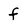
Character: f